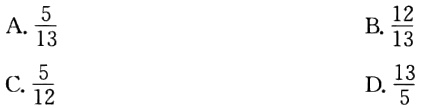
A. \(\frac{5}{13}\)
B. \(\frac{12}{13}\)
C. \(\frac{5}{12}\)
D. \(\frac{13}{5}\)